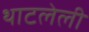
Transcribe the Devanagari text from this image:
थाटलेली